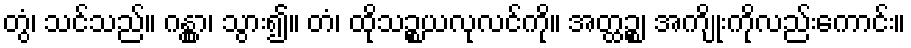
တွံ၊ သင်သည်။ ဂန္တွာ၊ သွား၍။ တံ၊ ထိုသဉ္စယလုလင်ကို။ အတ္ထဉ္စ၊ အကျိုးကိုလည်းကောင်း။